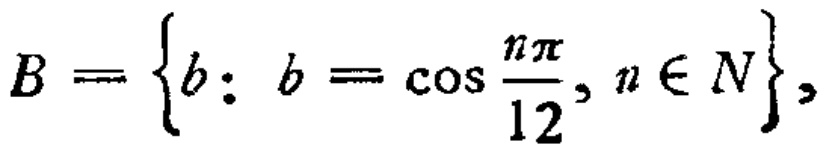
$B = \left\{b:\ b = \cos\frac{n\pi}{12}, n\in N\right\},$